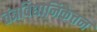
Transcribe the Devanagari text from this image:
तंत्रविद्यानिकेतन